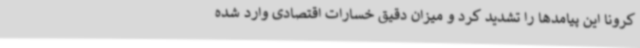
کرونا این پیامدها را تشدید کرد و میزان دقیق خسارات اقتصادی وارد شده